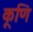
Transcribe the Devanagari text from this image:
कूणि